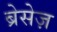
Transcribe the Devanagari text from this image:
ब्रेसेज़